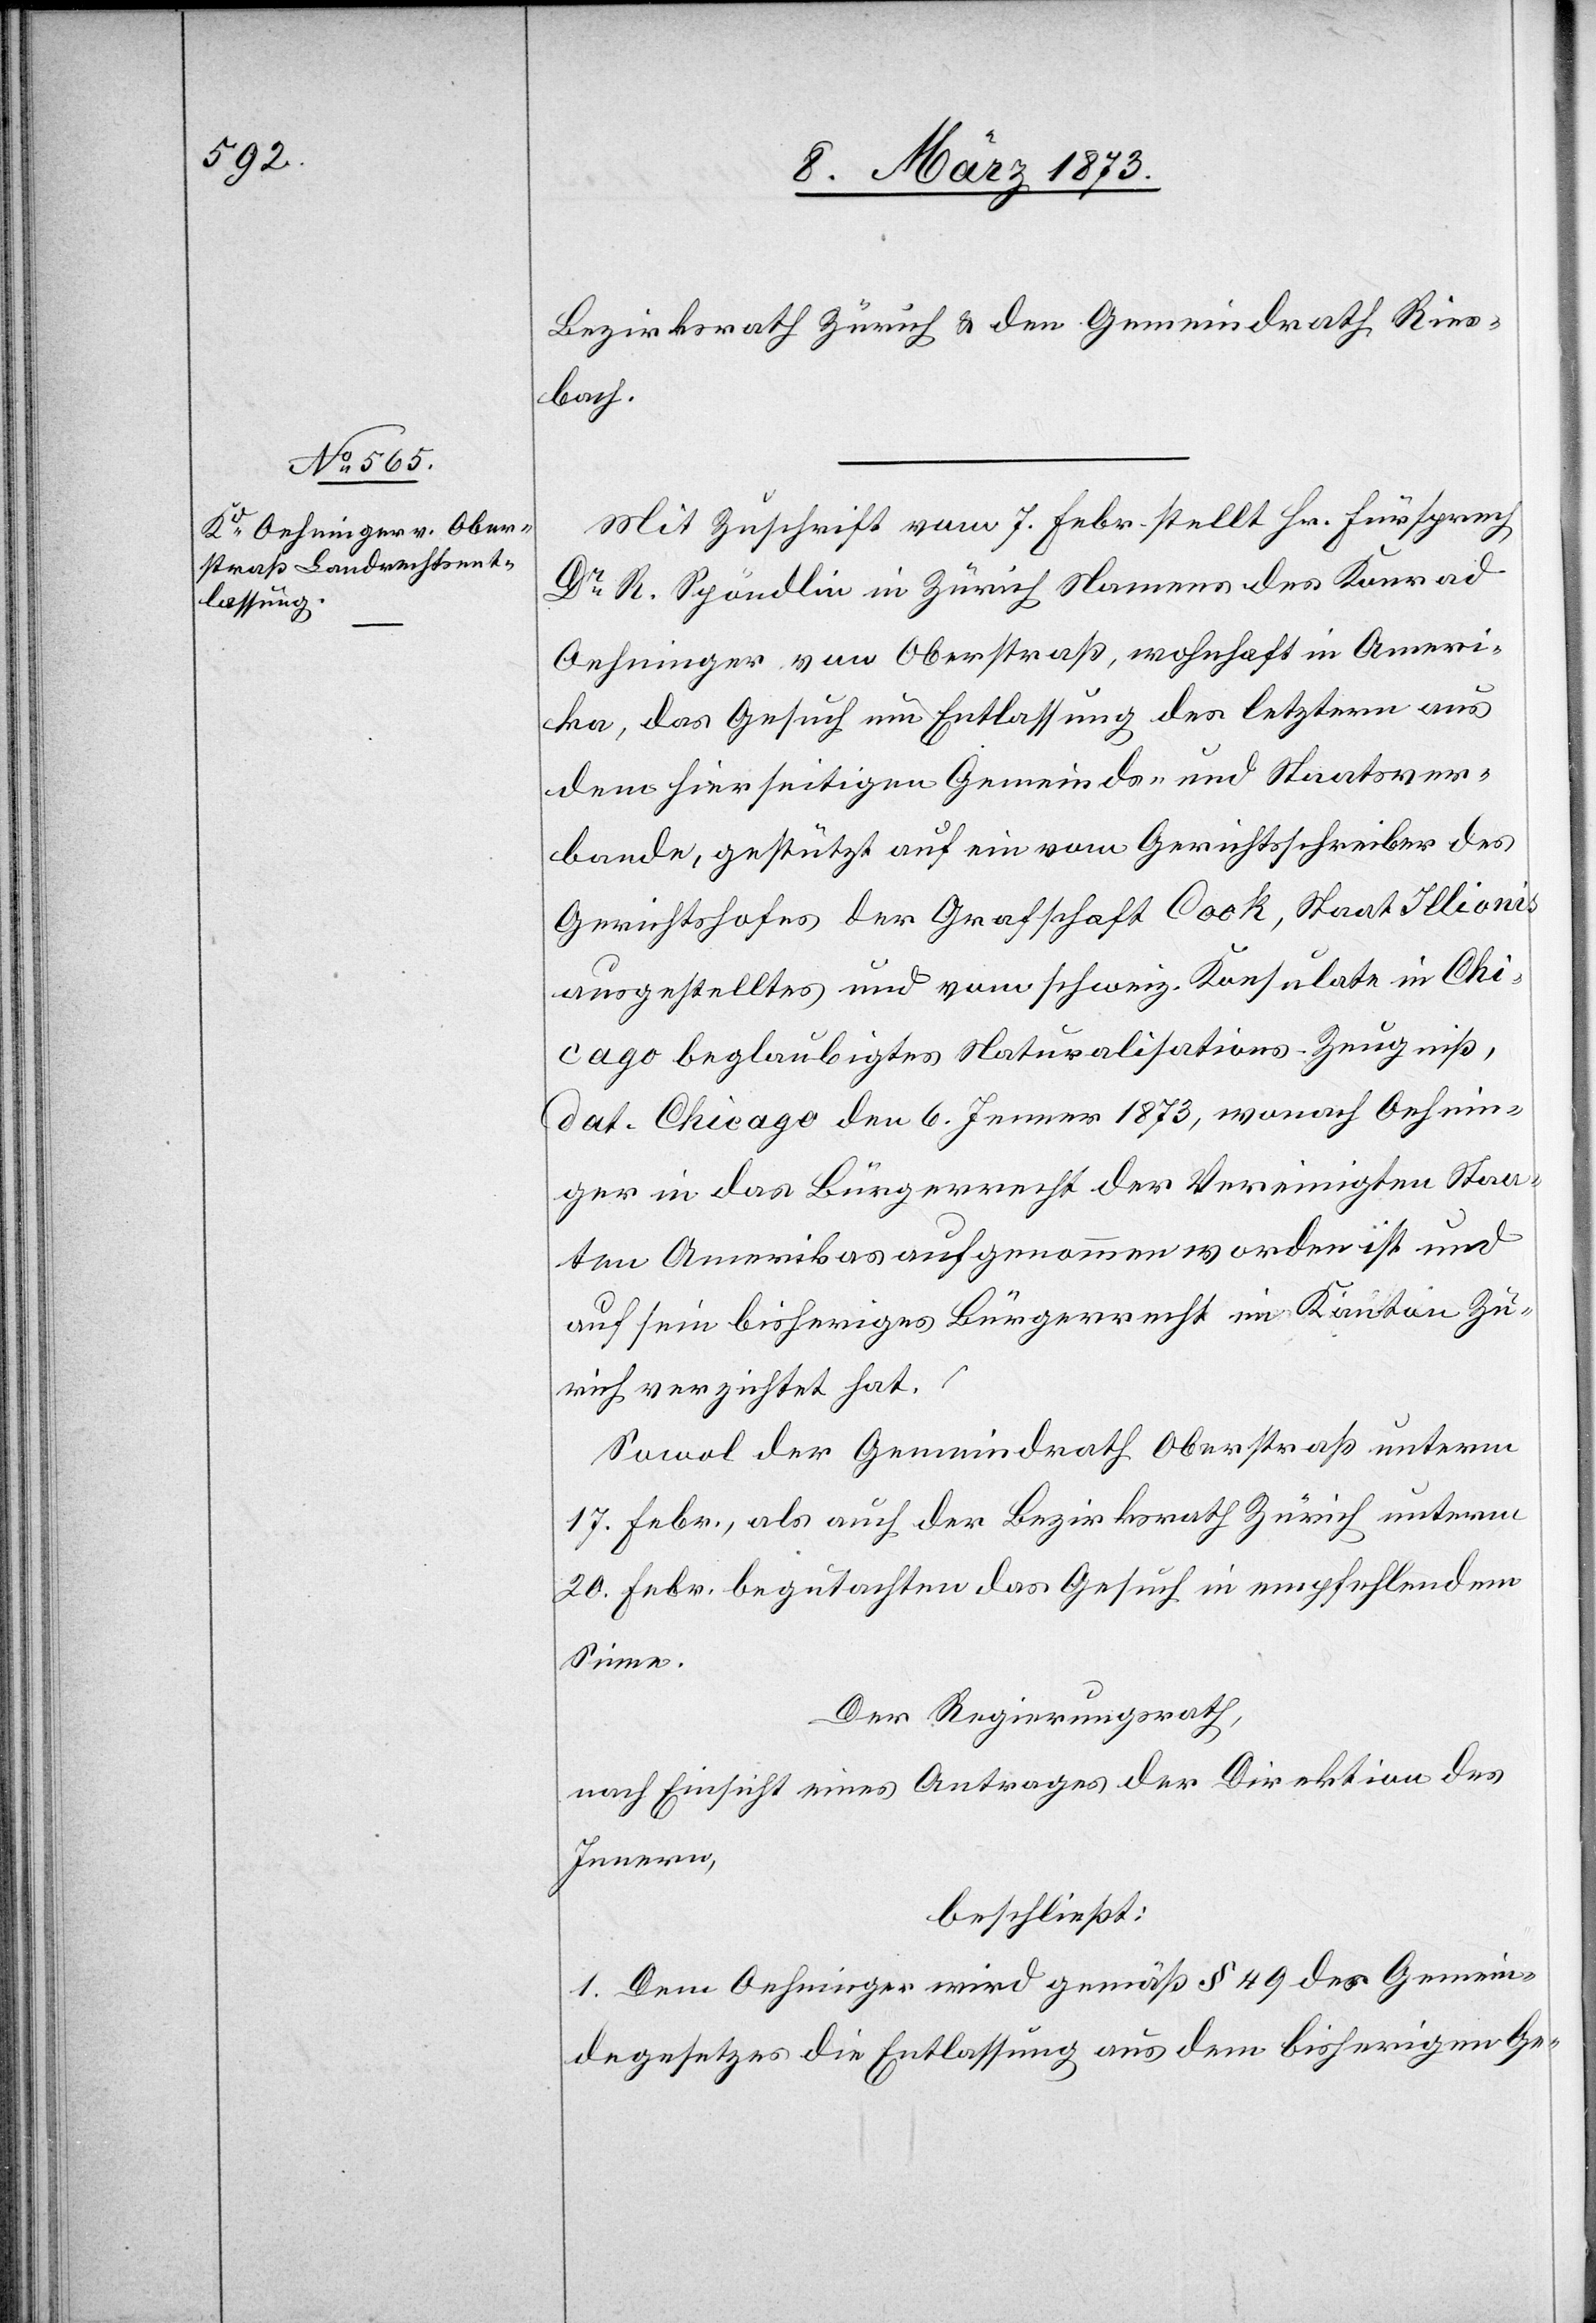
Bezirksrath Zürich u. den Gemeindrath Ries¬
bach.
Mit Zuschrift vom 7. Febr. stellt Hr. Fürsprech
Dr R. Spöndlin in Zürich Namens des Konrad
Oehninger von Oberstraß, wohnhaft in Ameri¬
ka, das Gesuch um Entlassung des letztern aus
dem hierseitigen Gemeinds- und Staatsver¬
bande, gestützt auf ein vom Gerichtsschreiber des
Gerichtshofes der Grafschaft Cock, Staat Illionis
ausgestelltes und vom schweiz. Konsulate in Chi¬
cago beglaubigtes Naturalisations-Zeugniß,
dat. Chicago den 6. Jenner 1873, wonach Oehnin¬
ger in das Bürgerrecht der Vereinigten Staa¬
ten Amerikas aufgenommen worden ist und
auf sein bisheriges Bürgerrecht im Kanton Zü¬
rich verzichtet hat.
Sowol der Gemeindrath Oberstraß unterm
17. Febr., als auch der Bezirksrath Zürich unterm
20. Febr. begutachten das Gesuch in empfehlendem
Sinne.
Der Regierungsrath,
nach Einsicht eines Antrages der Direktion des
Innern,
beschließt:
1. Dem Oehninger wird gemäß § 49 des Gemein¬
degesetzes die Entlassung aus dem bisherigen Ge-